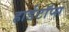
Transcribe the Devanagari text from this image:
हार्डटॉप्स